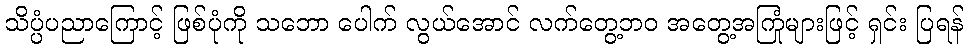
သိပ္ပံပညာကြောင့် ဖြစ်ပုံကို သဘော ပေါက် လွယ်အောင် လက်တွေ့ဘဝ အတွေ့အကြုံများဖြင့် ရှင်း ပြရန်